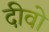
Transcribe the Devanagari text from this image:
दीवो